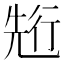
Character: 𠒣